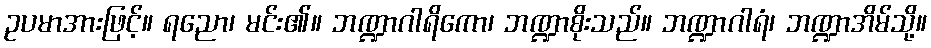
ဥပမာအားဖြင့်။ ရညော၊ မင်း၏။ ဘဏ္ဍာဂါရိကော၊ ဘဏ္ဍာစိုးသည်။ ဘဏ္ဍာဂါရံ၊ ဘဏ္ဍာအိမ်သို့။